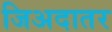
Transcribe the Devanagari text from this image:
जिअदातर